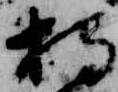
持